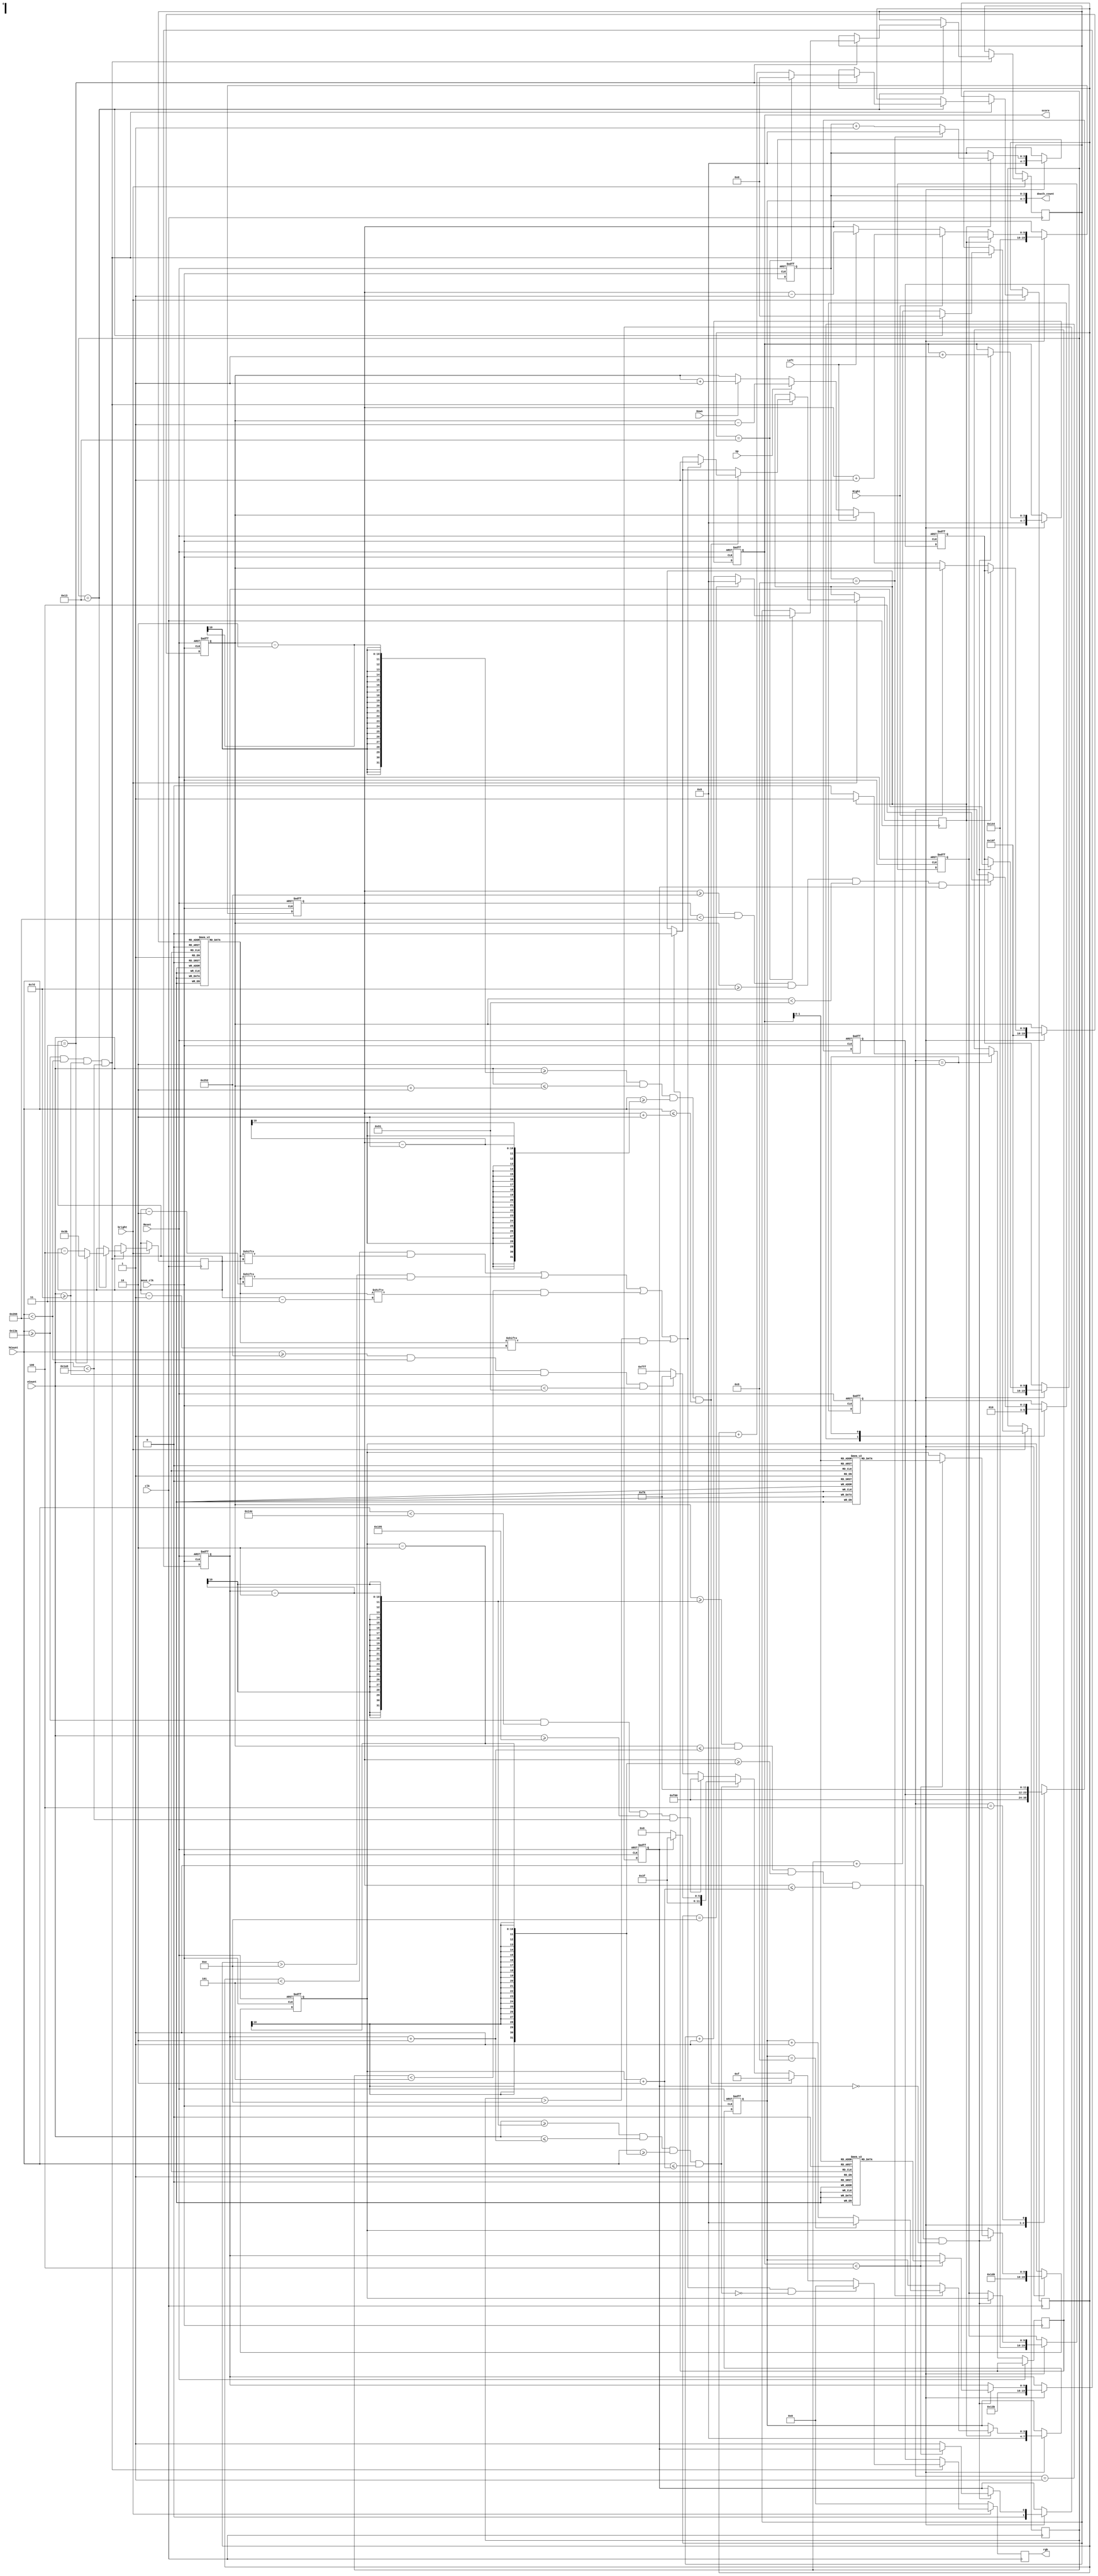
`timescale 1ns / 1ps

module maze_controller(
        input clk,
        input move_clk,
        input bright,
        input Up, Down, Left, Right, Reset,
        output reg [3:0] score,
        output [7:0] death_count,
        input [9:0] hCount, vCount,
        output reg [11:0] rgb
    );

    wire coin;
    wire wall;
    wire in_maze;
    wire print_start;
    wire print_finish;
    wire block_fill;
    reg [11:0] background;

    // declare Colors
    parameter BLACK = 12'b0000_0000_0000;
    parameter WHITE = 12'b1111_1111_1111;
    parameter GREEN = 12'b0000_1111_0000;
    parameter RED = 12'b1111_0000_0000;
    parameter BLUE = 12'b0000_0000_1111;
    parameter GOLD = 12'b1111_1100_0000;

    //declare states
    localparam
    INI = 3'b001,
    PLAY = 3'b010,
    DONE = 3'b100;

    //For deathcount
    reg [3:0] death_count_0;
    reg [3:0] death_count_1;
    assign death_count = {death_count_1, death_count_0};

    // registers to keep track of maze location
    reg [3:0] main_row;
    reg [4:0] mini_row, mini_col; 
    reg [5:0] main_col;

    // registers to keep track of block and coin locations
    reg [9:0] xpos, ypos;
    reg [9:0] xcheck, ycheck;
    reg [9:0] xcoin_pos, ycoin_pos;
    reg [9:0] xcoin [0:3];
    reg [9:0] ycoin [0:3];
    reg coin_flag;
    reg wall_flag_vga;
    reg wall_flag_sm;

    //register for states
    reg [2:0] state;

    // maze registers
    reg [59:0] maze [0:14];

    initial begin
        background = RED;
        wall_flag_vga = 0;
        wall_flag_sm = 0;
        coin_flag = 0;
        //initialize counters
        main_row = 4'b0000;
        main_col = 6'b111011;
        mini_row = 5'b00000;
        mini_col = 5'b00000;
        //initialize maze
        maze[0] = 60'h9AAAA_EBAAA_C9AAC;
        maze[1] = 60'h59C9A_C9AAA_65D96;
        maze[2] = 60'h55369_20C9A_A455D;
        maze[3] = 60'h538E3_C7559_A6534;
        maze[4] = 60'h1E59C_59671_CB286;
        maze[5] = 60'h59653_63AC7_1AC3C;
        maze[6] = 60'h5596B_8CD3C_3E5D5;
        maze[7] = 60'h557B8_63496_9C555;
        maze[8] = 60'h169A4_9C75B_43655;
        maze[9] = 60'h592C7_53C3C_5BA45;
        maze[10] = 60'h53E3C_592E5_59C34;
        maze[11] = 60'h3AAA6_53AA6_363C7;
        maze[12] = 60'h9AAAA_6BAA8_AAC3C;
        maze[13] = 60'h59AAC_9C9C3_CD3A4;
        maze[14] = 60'h36BA2_6363A_63AA6;
        //initialize different coin positions
        xcoin[0] = 380;
        xcoin[1] = 400;
        xcoin[2] = 460;//
        xcoin[3] = 605;//
        ycoin[0] = 135;
        ycoin[1] = 275;
        ycoin[2] = 375;//
        ycoin[3] = 275;//
    end

    // print maze
    always @(posedge clk)
    begin
        if(~bright)
            rgb = BLACK;
        
        else if(in_maze)
        begin
            // check for wall flag
            if (wall_flag_sm == 1'b1)
                wall_flag_vga = 1'b0;
            rgb = WHITE; // let this be overwritten if a wall
            if (block_fill)
            begin
                if (wall)
                    wall_flag_vga = 1;
                rgb = BLUE;
            end
            else if (coin)
            begin
                if (coin_flag == 1)
                    rgb = WHITE;
                else
                    rgb = GOLD;
            end
            else if (print_start)
                rgb = RED;
            else if (print_finish)
                rgb = GREEN;
            if (wall && ~coin)
                rgb = BLACK;
            mini_col <= mini_col + 1;
            if (mini_col == 5'b10011)
            begin
                mini_col <= 0;
                main_col <= main_col - 4;
                if (main_col == 6'b000011)
                begin
                    main_col <= 6'b111011;
                    mini_row <= mini_row + 1;
                    if (mini_row == 5'b10011)
                    begin
                        main_row <= main_row + 1;
                        mini_row <= 0;
                        if (main_row == 4'b1110)
                        begin
                            main_row <= 0;
                        end
                    end
                end
            end
        end
        else
            rgb = background;
    end

    //block movement state machine
    always @(posedge move_clk, posedge Reset)
    begin
        if (Reset)
        begin
            state <= INI;
            xcheck <= 10'bXXXXXXXXXX;
            ycheck <= 10'bXXXXXXXXXX;
            xpos <= 10'bXXXXXXXXXX;
            ypos <= 10'bXXXXXXXXXX;
            xcoin_pos <= 10'bXXXXXXXXXX;
            ycoin_pos <= 10'bXXXXXXXXXX;
            background <= 12'bXXXXXXXXXXXX;
            score <= 4'bXXXX;
            death_count_0 <= 4'bXXXX;
            death_count_1 <= 4'bXXXX;
            coin_flag <= 1'bX;
        end
        else
        begin
            (* full_case, parallel_case *)
            case (state)
                INI:
                begin
                    background <= RED;
                    state <= PLAY;
                    xcheck <= 324;
                    ycheck <= 415;
                    xpos <= 324;
                    ypos <= 415;
                    xcoin_pos <= 464;
                    ycoin_pos <= 315;
                    coin_flag <= 0;
                    death_count_0 <= 0;
                    death_count_1 <= 0;
                    score <= 0; //might not use for multiple coins because more than one coin actually complicates it more than I thought
                end             
                PLAY:
                begin
                    if(Right) 
                    begin
				        xpos<=xpos+1; //change the amount you increment to make the speed faster 
			        end
			        else if(Left) 
                    begin
				        xpos<=xpos-1;
			        end
                    else if(Up) begin
                        ypos<=ypos-1;
                    end
                    else if(Down) begin
                        ypos<=ypos+1;
                    end
                    if (wall_flag_vga)
                        begin
                            xpos <= xcheck;
                            ypos <= ycheck;
                            wall_flag_sm <= 1;
                            death_count_0 <= death_count_0 + 1;
                            if (death_count_0 == 9)
                            begin
                                death_count_0 <= 0;
                                death_count_1 <= death_count_1 + 1;
                                if(death_count_1 == 9)
                                    death_count_1 <= 0;
                            end
                        end
                    //check for wall_flag_vga 
                    if (~wall_flag_vga)
                        wall_flag_sm <= 0;
                    if (ypos >= (ycoin_pos-2) && ypos <= (ycoin_pos+2) && xpos >= (xcoin_pos-2) && xpos <= (xcoin_pos+2) && coin_flag != 1)
                    begin
                        score <= score + 1;
                        xcheck <= xcoin_pos;
                        ycheck <= ycoin_pos;
                        if (score < 4)
                        begin
                            xcoin_pos <= xcoin[score];
                            ycoin_pos <= ycoin[score];
                        end                            
                        else
                            coin_flag <= 1;
                    end
                    if (xpos >= 10'd594 && xpos < 10'd614 && ypos >= 10'd125 && ypos < 10'd145 && coin_flag == 1)
                        state <= DONE;
                end 
                DONE:
                begin
                    background = GREEN;
                end    
                 
            endcase
        end
        
    end

    assign coin = vCount >= (ycoin_pos-2) && vCount <= (ycoin_pos+2) && hCount >= (xcoin_pos-2) && hCount <= (xcoin_pos+2);
    assign wall = (mini_row < 5'b00101 && maze[main_row][main_col] == 1'b1) || (mini_row > 5'b01110 && maze[main_row][main_col - 2] == 1'b1) || (mini_col < 5'b00101 && maze[main_row][main_col - 3] == 1'b1) || (mini_col > 5'b01110 && maze[main_row][main_col - 1] == 1'b1);
    assign block_fill = vCount >= (ypos-2) && vCount <= (ypos+2) && hCount >= (xpos-2) && hCount <= (xpos+2);
    assign in_maze = hCount >= 10'd314 && hCount < 10'd614 && vCount >= 10'd125 && vCount < 10'd425;
    assign print_start = hCount >= 10'd314 && hCount < 10'd334 && vCount >= 10'd405 && vCount < 10'd425;
    assign print_finish = hCount >= 10'd594 && hCount < 10'd614 && vCount >= 10'd125 && vCount < 10'd145;
    

endmodule